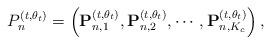
LaTeX: \begin{align*} P_{n}^{(t,\theta_t)}=\left(\mathbf{P}_{n,1}^{(t,\theta_t)},\mathbf{P}_{n,2}^{(t,\theta_t)},\cdots,\mathbf{P}_{n,K_c}^{(t,\theta_t)}\right), \end{align*}